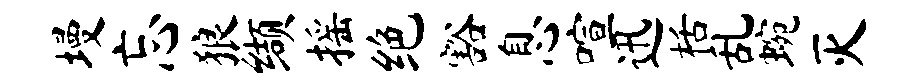
墁忘狼缬摇绝豁息喧迅栝乱蜿灭